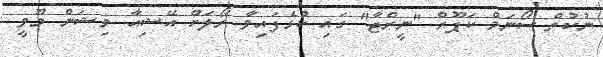
ނުކުތް ސޯނަމް ކަޕޫރް "ނީރްޖާ" ގައި ކުޅެފައިވާ ރޯލަށް އޭޝިއާ ވިޝަން މޫވީ